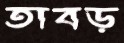
তাবড়